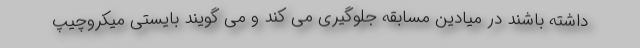
داشته باشند در میادین مسابقه جلوگیری می کند و می گویند بایستی میکروچیپ